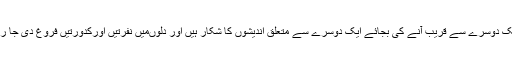
لوگ ایک دوسرے سے قریب آنے کی بجائے ایک دوسرے سے متعلق اندیشوں کا شکار ہیں اور دلوںمیں نفرتیں اورکدورتیں فروغ دی جا رہی ہیں۔